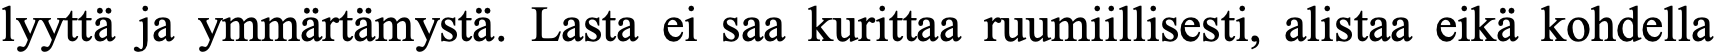
lyyttä ja ymmärtämystä. Lasta ei saa kurittaa ruumiillisesti, alistaa eikä kohdella